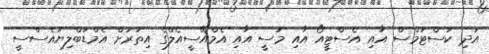
އަދި ކަސްޓަމްސް އާއި އެސްޓީއޯ އާއި މަސީ އާއި އެމްއޭސީއެލްގެ އިތުރަށް އެމްޑަބްލިޔުއެސްސީ